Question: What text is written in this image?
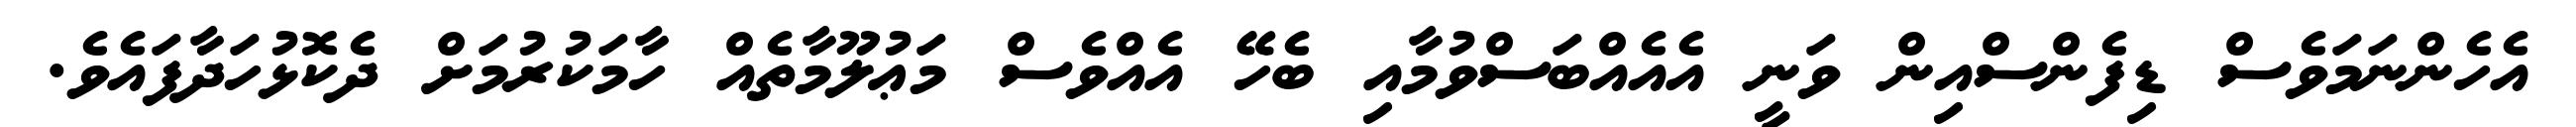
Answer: އެހެންނަމަވެސް ޑިފެންސްއިން ވަނީ އެއެއްބަސްވުމާއި ބެހޭ އެއްވެސް މަޢުލޫމާތެއް ހާމަކުރުމަށް ދެކޮޅުހަދާފައެވެ.